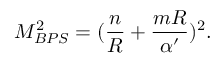
M _ { B P S } ^ { 2 } = ( { \frac { n } { R } } + { \frac { m R } { \alpha ^ { \prime } } } ) ^ { 2 } .